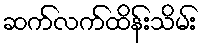
ဆက်လက်ထိန်းသိမ်း